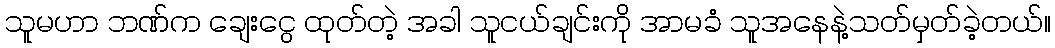
သူမဟာ ဘဏ်က ချေးငွေ ထုတ်တဲ့ အခါ သူငယ်ချင်းကို အာမခံ သူအနေနဲ့သတ်မှတ်ခဲ့တယ်။